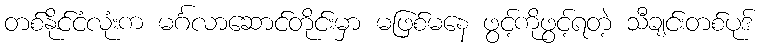
တစ်နိုင်ငံလုံးက မင်္ဂလာဆောင်တိုင်းမှာ မဖြစ်မနေ ဖွင့်ကိုဖွင့်ရတဲ့ သီချင်းတစ်ပုဒ်